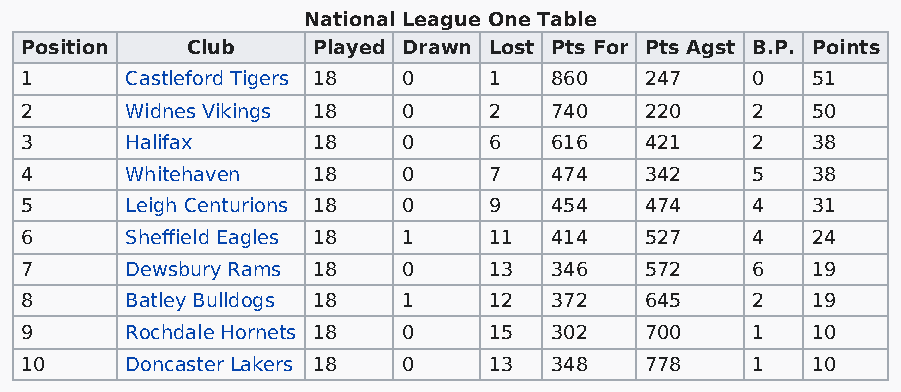
National League One Table
 Position   Club     Played Drawn Lost Pts For Pts Agst B.P. Points
 1      Castleford Tigers 18 0  1   860    247    0   51
 2      Widnes Vikings 18  0    2   740    220    2   50
 3      Halifax      18    0    6   616    421    2   38
 4      Whitehaven   18    0    7   474    342    5   38
 5      Leigh Centurions 18 0   9   454    474    4   31
 6      Sheffield Eagles 18 1   11  414    527    4   24
 7      Dewsbury Rams 18   0    13  346    572    6   19
 8      Batley Bulldogs 18 1    12  372    645    2   19
 9      Rochdale Hornets 18 0   15  302    700    1   10
 10     Doncaster Lakers 18 0   13  348    778    1   10